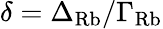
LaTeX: \delta=\Delta_{\mathrm{Rb}}/\Gamma_{\mathrm{Rb}}